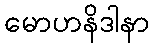
မောဟနိဒါနာ